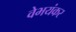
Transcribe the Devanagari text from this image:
वेभयंकर